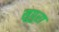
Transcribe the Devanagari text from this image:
सुपुरा